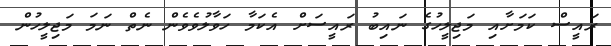
ރައީސް ކަމަށާއި މަޖިލީހުގެ ނައިބު ރައީސަށް އެކަމާ ހަވާލުވެވެން ނެތް ނަމަ މަޖިލީހުން